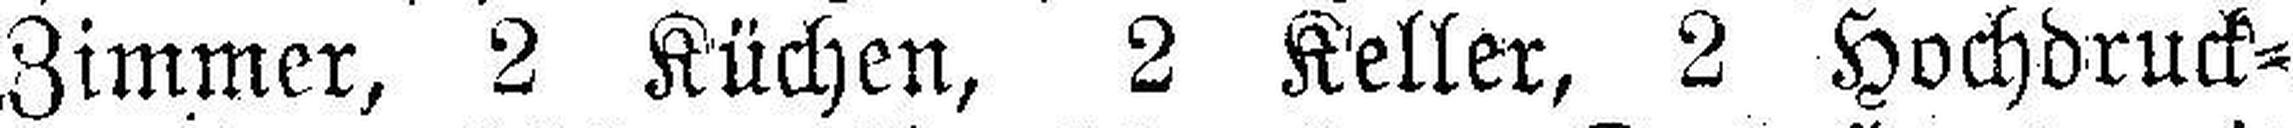
Zimmer, 2 Küchen, 2 Keller, 2 Hochdruck¬